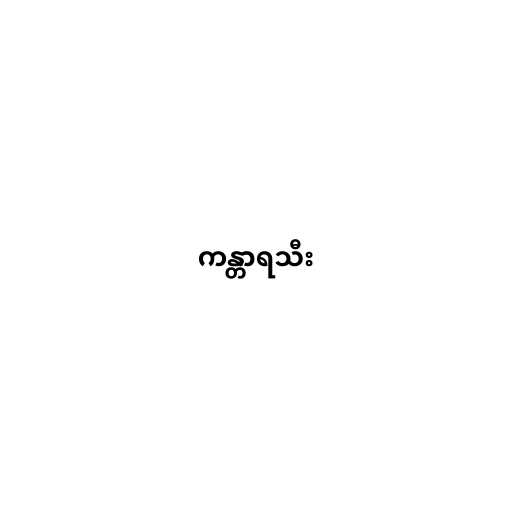
ကန္တာရသီး